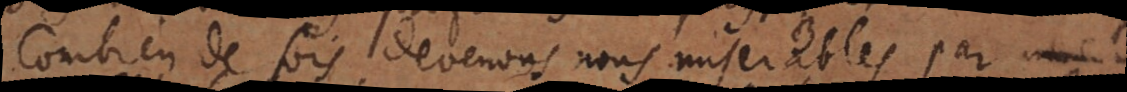
Combien de fois devenons nous miserables par la